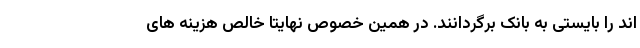
اند را بایستی به بانک برگردانند. در همین خصوص نهایتا خالص هزینه های